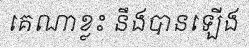
គេណាខ្លះ នឹងបានឡើង